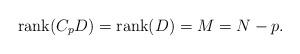
LaTeX: \begin{align*}\hbox{rank}(C_pD) = \hbox{rank}(D)=M =N-p.\end{align*}